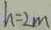
h = 2 m